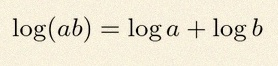
\log(ab)=\log a+\log b